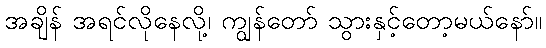
အချိန် အရင်လိုနေလို့၊ ကျွန်တော် သွားနှင့်တော့မယ်နော်။